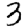
Digit: 3